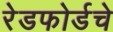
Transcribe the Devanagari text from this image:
रेडफोर्डचे